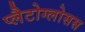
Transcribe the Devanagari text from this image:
प्लैटोग्लोसस